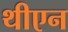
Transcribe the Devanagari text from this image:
थीएन